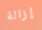
إزالة